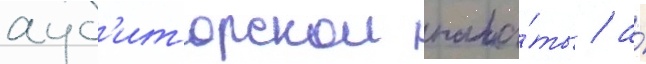
ауд'иторскои пала́ты / а́